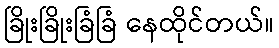
ခြိုးခြိုးခြံခြံ နေထိုင်တယ်။